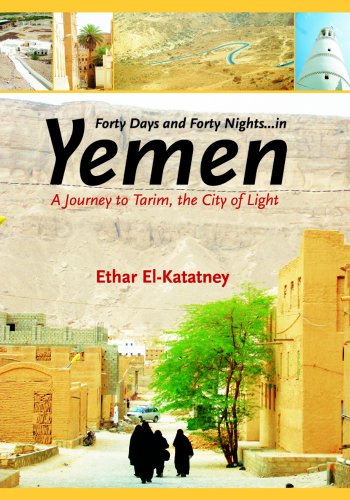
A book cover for Forty Days and Forty Nights - in Yemen: A Journey to Tarim, the City of Light; Ethar El-Katatney; Travel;